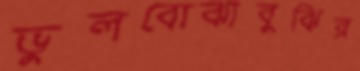
ভুলবোঝাবুঝির